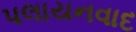
પલાયનવાદ